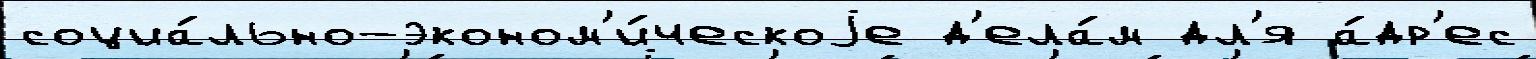
социа́льно-эконом'и́ческоjе д'ела́м дл'я а́др'ес